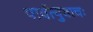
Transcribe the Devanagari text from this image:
पार्वत्युवाचः